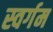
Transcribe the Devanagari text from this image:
स्वर्गम